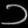
Digit: ၁